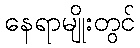
နေရာမျိုးတွင်